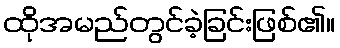
ထိုအမည်တွင်ခဲ့ခြင်းဖြစ်၏။